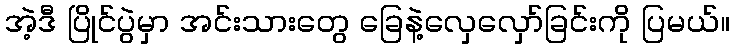
အဲ့ဒီ ပြိုင်ပွဲမှာ အင်းသားတွေ ခြေနဲ့လှေလှော်ခြင်းကို ပြမယ်။